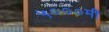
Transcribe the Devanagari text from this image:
५०००मी